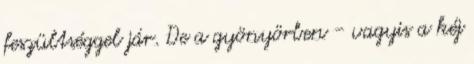
feszültséggel jár. De a gyönyörben - vagyis a kéj